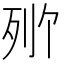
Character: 𬆒